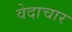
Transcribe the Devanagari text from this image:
वेदाचार